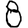
Digit: 8